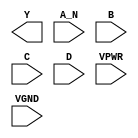
module sky130_fd_sc_hs__nand4b (
    Y   ,
    A_N ,
    B   ,
    C   ,
    D   ,
    VPWR,
    VGND
);

    output Y   ;
    input  A_N ;
    input  B   ;
    input  C   ;
    input  D   ;
    input  VPWR;
    input  VGND;
endmodule